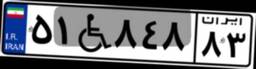
۵۱W۸۴۸۸۳